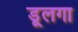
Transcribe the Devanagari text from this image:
डूलगा